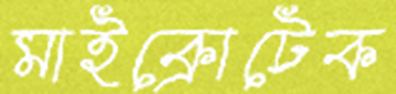
মাইক্রোটেক